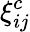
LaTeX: \xi_{ij}^{c}